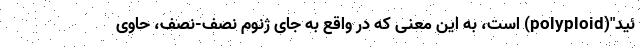
ئید"(polyploid) است، به این معنی که در واقع به جای ژنوم نصف-نصف، حاوی